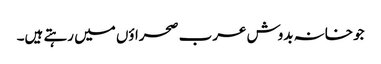
جو خانہ بدوش عرب صحراؤں میں رہتے ہیں۔